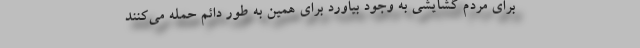
برای مردم گشایشی به وجود بیاورد برای همین به طور دائم حمله می‌کنند